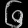
Digit: ၆